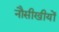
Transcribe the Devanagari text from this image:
नौसीखीयों